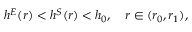
h ^ { E } ( r ) < h ^ { S } ( r ) < h _ { 0 } , \quad r \in ( r _ { 0 } , r _ { 1 } ) ,